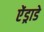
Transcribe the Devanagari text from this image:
ऐंड्राडे